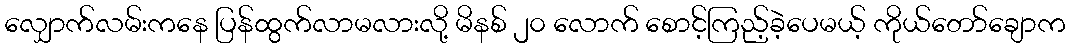
လျှောက်လမ်းကနေ ပြန်ထွက်လာမလားလို့ မိနစ် ၂၀ လောက် စောင့်ကြည့်ခဲ့ပေမယ့် ကိုယ်တော်ချောက